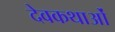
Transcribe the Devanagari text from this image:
देवकथाओं